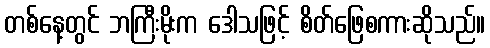
တစ်နေ့တွင် ဘကြီးမိုးက ဒေါသဖြင့် စိတ်ဖြေစကားဆိုသည်။